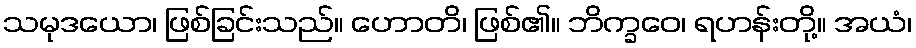
သမုဒယော၊ ဖြစ်ခြင်းသည်။ ဟောတိ၊ ဖြစ်၏။ ဘိက္ခဝေ၊ ရဟန်းတို့။ အယံ၊